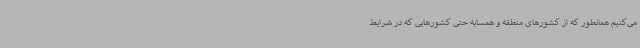
می‌کنیم همانطور که از کشورهای منطقه و همسایه حتی کشورهایی که در شرایط